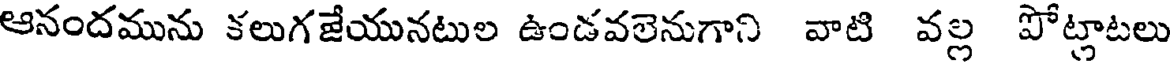
ఆనందమును కలుగజేయునటుల ఉండవలెనుగాని వాటి వల్ల పోట్లాటలు